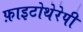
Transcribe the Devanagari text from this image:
फ़ाइटोथेरेपी